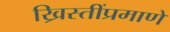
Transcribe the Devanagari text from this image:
ख्रिस्तींप्रमाणे